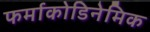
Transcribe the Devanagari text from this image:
फर्माकोडिनेमिक